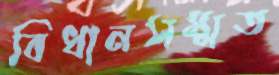
বিধানসম্মত